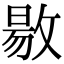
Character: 敭